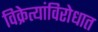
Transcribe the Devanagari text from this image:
विक्रेत्यांविरोधात